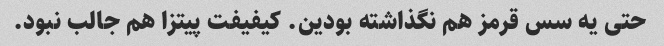
حتی یه سس قرمز هم نگذاشته بودین. کیفیفت پیتزا هم جالب نبود.